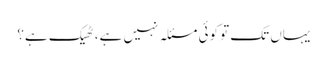
یہاں تک تو کوئی مسئلہ نہیں ہے، ٹھیک ہے؟